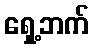
ရှေ့ဘက်